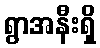
ရွာအနီးရှိ